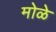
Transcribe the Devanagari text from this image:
मोळे